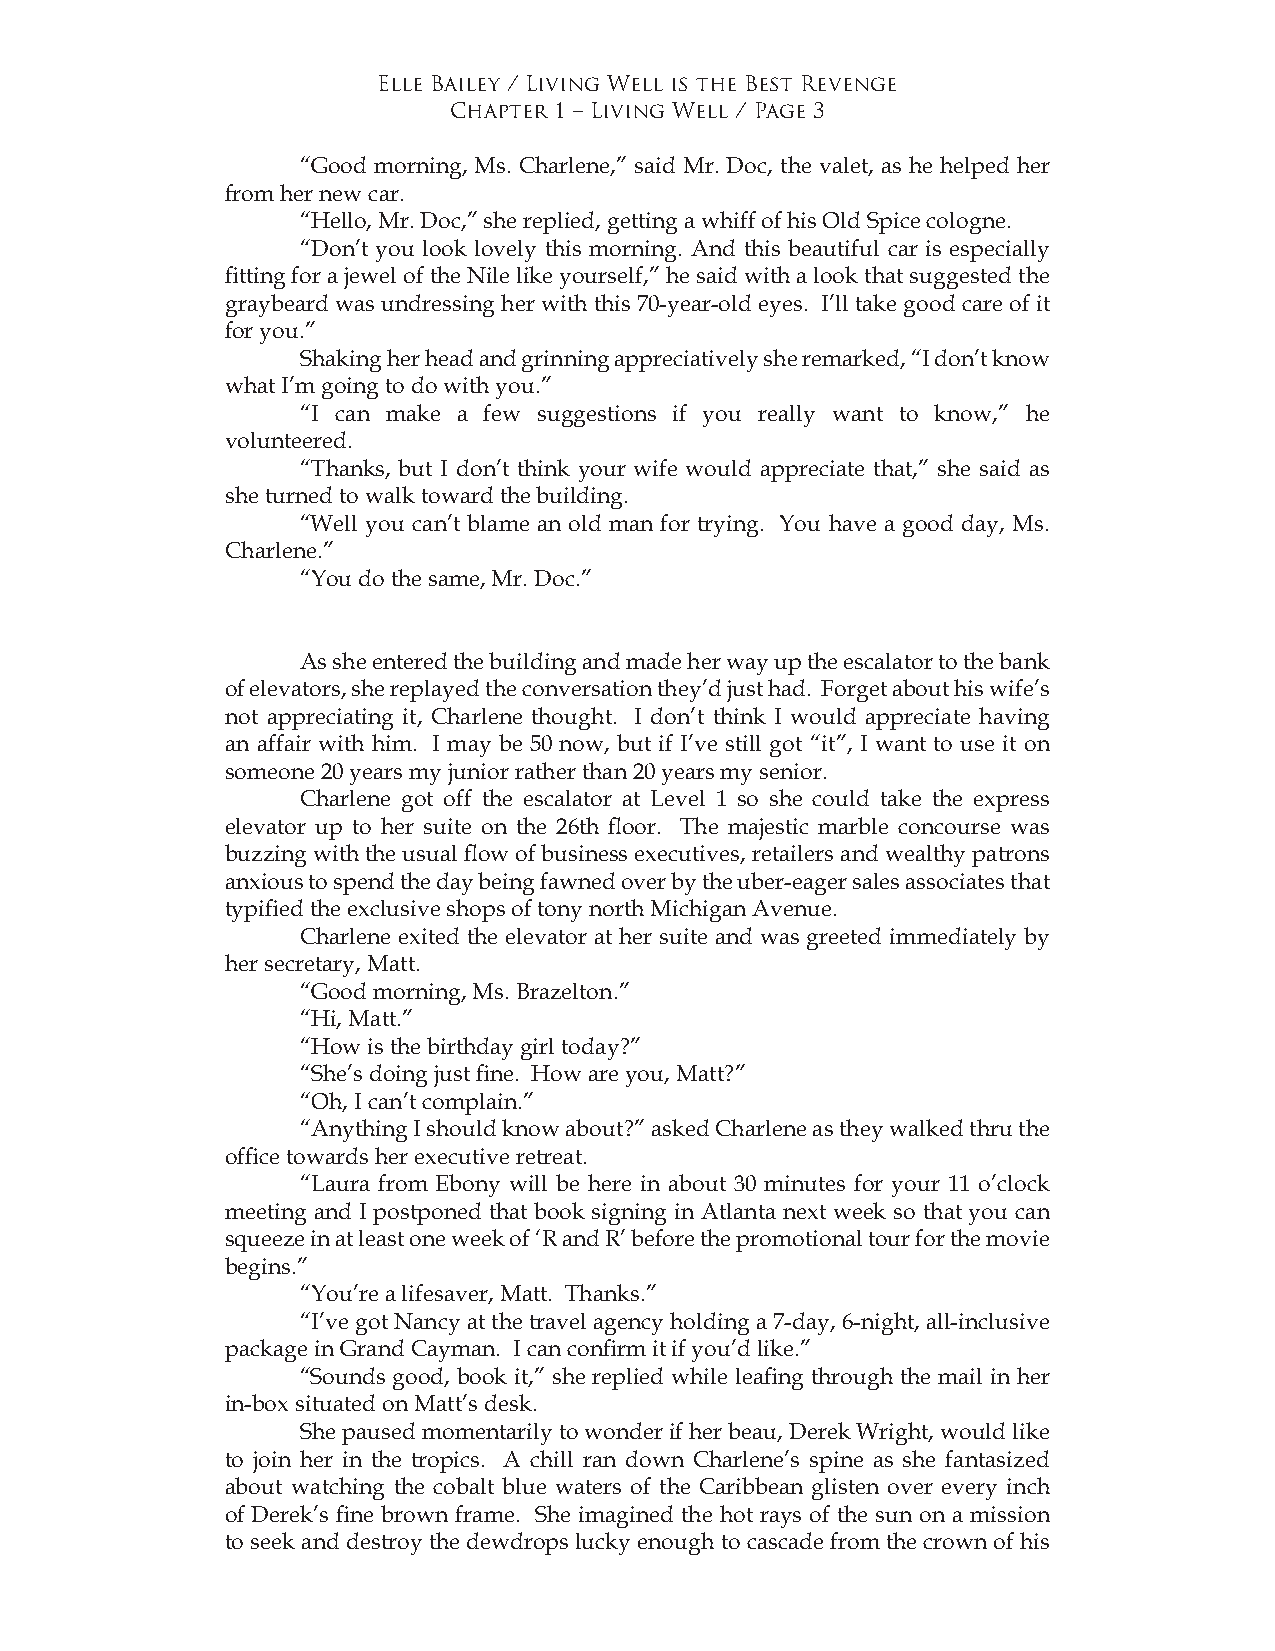
Elle Bailey / Living Well is the Best Revenge
 Chapter 1 – Living Well / Page 3
 “Good morning, Ms. Charlene,” said Mr. Doc, the valet, as he helped her
 from her new car.
 “Hello, Mr. Doc,” she replied, getting a whiff of his Old Spice cologne.
 “Don’t you look lovely this morning. And this beautiful car is especially
 fitting for a jewel of the Nile like yourself,” he said with a look that suggested the
 graybeard was undressing her with this 70-year-old eyes. I’ll take good care of it
 for you.”
 Shaking her head and grinning appreciatively she remarked, “I don’t know
 what I’m going to do with you.”
 “I can make a few suggestions if you really want to know,” he
 volunteered.
 “Thanks, but I don’t think your wife would appreciate that,” she said as
 she turned to walk toward the building.
 “Well you can’t blame an old man for trying. You have a good day, Ms.
 Charlene.”
 “You do the same, Mr. Doc.”
 As she entered the building and made her way up the escalator to the bank
 of elevators, she replayed the conversation they’d just had. Forget about his wife’s
 not appreciating it, Charlene thought. I don’t think I would appreciate having
 an affair with him. I may be 50 now, but if I’ve still got “it”, I want to use it on
 someone 20 years my junior rather than 20 years my senior.
 Charlene got off the escalator at Level 1 so she could take the express
 elevator up to her suite on the 26th floor. The majestic marble concourse was
 buzzing with the usual flow of business executives, retailers and wealthy patrons
 anxious to spend the day being fawned over by the uber-eager sales associates that
 typified the exclusive shops of tony north Michigan Avenue.
 Charlene exited the elevator at her suite and was greeted immediately by
 her secretary, Matt.
 “Good morning, Ms. Brazelton.”
 “Hi, Matt.”
 “How is the birthday girl today?”
 “She’s doing just fine. How are you, Matt?”
 “Oh, I can’t complain.”
 “Anything I should know about?” asked Charlene as they walked thru the
 office towards her executive retreat.
 “Laura from Ebony will be here in about 30 minutes for your 11 o’clock
 meeting and I postponed that book signing in Atlanta next week so that you can
 squeeze in at least one week of ‘R and R’ before the promotional tour for the movie
 begins.”
 “You’re a lifesaver, Matt. Thanks.”
 “I’ve got Nancy at the travel agency holding a 7-day, 6-night, all-inclusive
 package in Grand Cayman. I can confirm it if you’d like.”
 “Sounds good, book it,” she replied while leafing through the mail in her
 in-box situated on Matt’s desk.
 She paused momentarily to wonder if her beau, Derek Wright, would like
 to join her in the tropics. A chill ran down Charlene’s spine as she fantasized
 about watching the cobalt blue waters of the Caribbean glisten over every inch
 of Derek’s fine brown frame. She imagined the hot rays of the sun on a mission
 to seek and destroy the dewdrops lucky enough to cascade from the crown of his